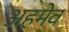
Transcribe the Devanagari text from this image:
अहमेव